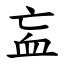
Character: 衁